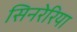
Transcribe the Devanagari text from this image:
सिनरेरिया